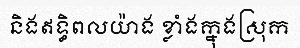
និងឥទ្ធិពលយ៉ាង ខ្លាំងក្នុងស្រុក